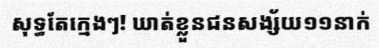
សុទ្ធតែក្មេងៗ! ឃាត់ខ្លួនជនសង្ស័យ១១នាក់